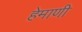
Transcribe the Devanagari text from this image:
हेमाणी